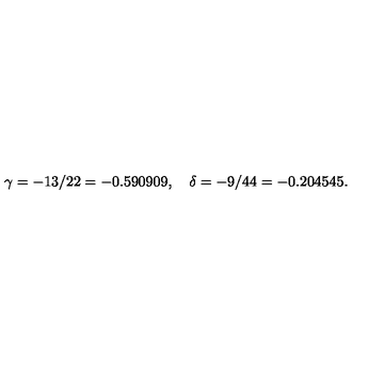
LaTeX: \gamma = - 1 3 / 2 2 = - 0 . 5 9 0 9 0 9 , \quad \delta = - 9 / 4 4 = - 0 . 2 0 4 5 4 5 .